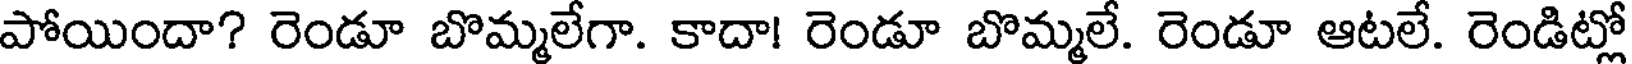
పోయిందా? రెండూ బొమ్మలేగా. కాదా! రెండూ బొమ్మలే. రెండూ ఆటలే. రెండిట్లో